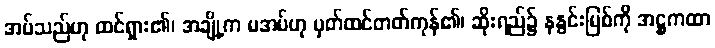
အပ်သည်ဟု ထင်ရှား၏၊ အချို့က မအပ်ဟု မှတ်ထင်တတ်ကုန်၏၊ ဆိုးရည်၌ နနွင်းမြစ်ကို အဋ္ဌကထာ